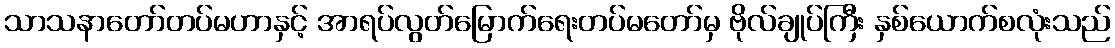
သာသနာတော်တပ်မဟာနှင့် အာရပ်လွတ်မြောက်ရေးတပ်မတော်မှ ဗိုလ်ချုပ်ကြီး နှစ်ယောက်စလုံးသည်